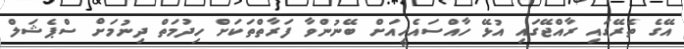
އޭގެ ތެރޭގައި ރާއްޖޭގައި އުޅޭ ހާއްސައެހީއަށް ބޭނުންވާ ފަރާތްތަކަށް ހިދުމަތް ދިނުމަށް ސްޕެޝަލް